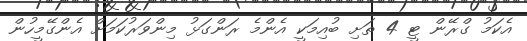
އެކަމު ގްރޭން ޓީ 4 ތަށި ބުއިމަކީ އެންމެ ރަންގަޅު މިންވަރުކަމަށް އެންގޭމީހުން